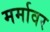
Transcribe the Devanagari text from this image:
मर्मावर